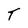
Character: T